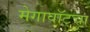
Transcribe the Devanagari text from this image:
मेगावॉटचा